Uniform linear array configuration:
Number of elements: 8
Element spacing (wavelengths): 0.75
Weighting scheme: kaiser
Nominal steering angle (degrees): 0
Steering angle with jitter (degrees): -0.9542
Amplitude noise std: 0.05
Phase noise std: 0.05

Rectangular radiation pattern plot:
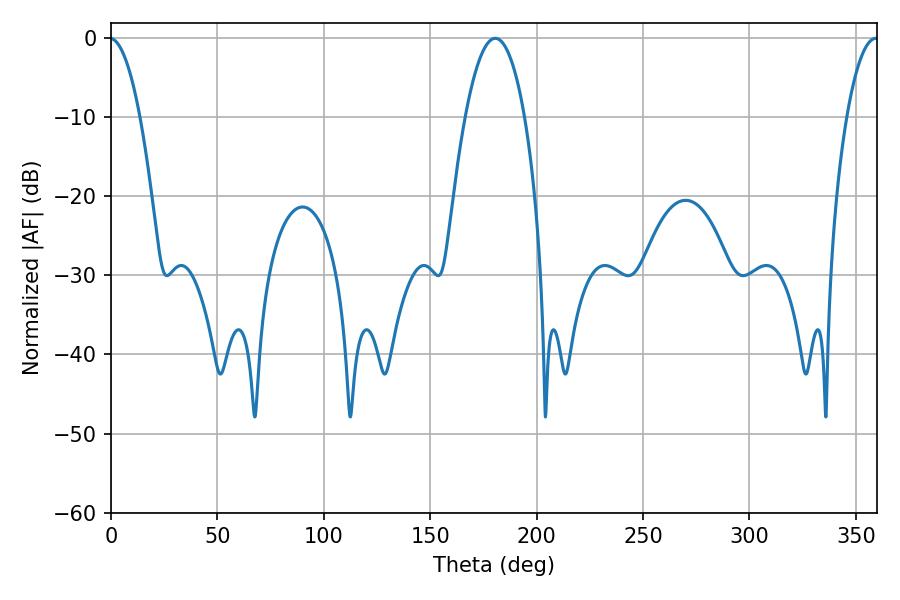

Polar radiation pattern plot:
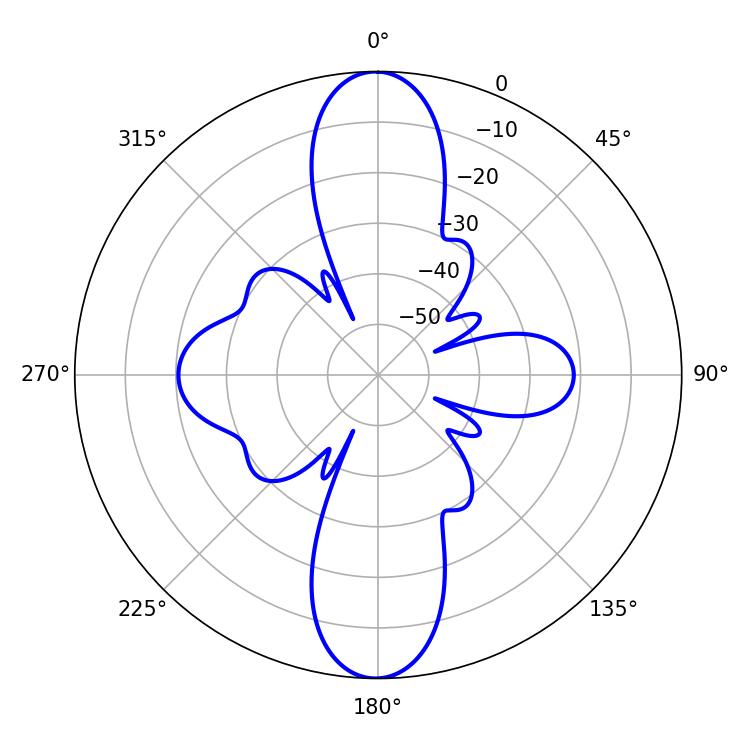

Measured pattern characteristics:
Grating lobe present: TRUE
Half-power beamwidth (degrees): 15.48
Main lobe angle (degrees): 180.54